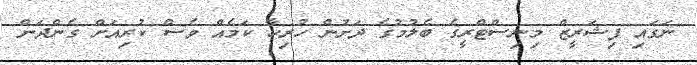
ނަގައި ފިޝަރީޒް މިނިސްޓްރީގެ ބެލުމުގެެ ދަށުން ހުރިހާ ކަމެއް ވެސް ކުރިއަށް ގެންދަން